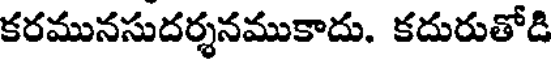
కరమునసుదర్శనముకాదు. కదురుతోడి